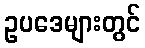
ဥပဒေများတွင်